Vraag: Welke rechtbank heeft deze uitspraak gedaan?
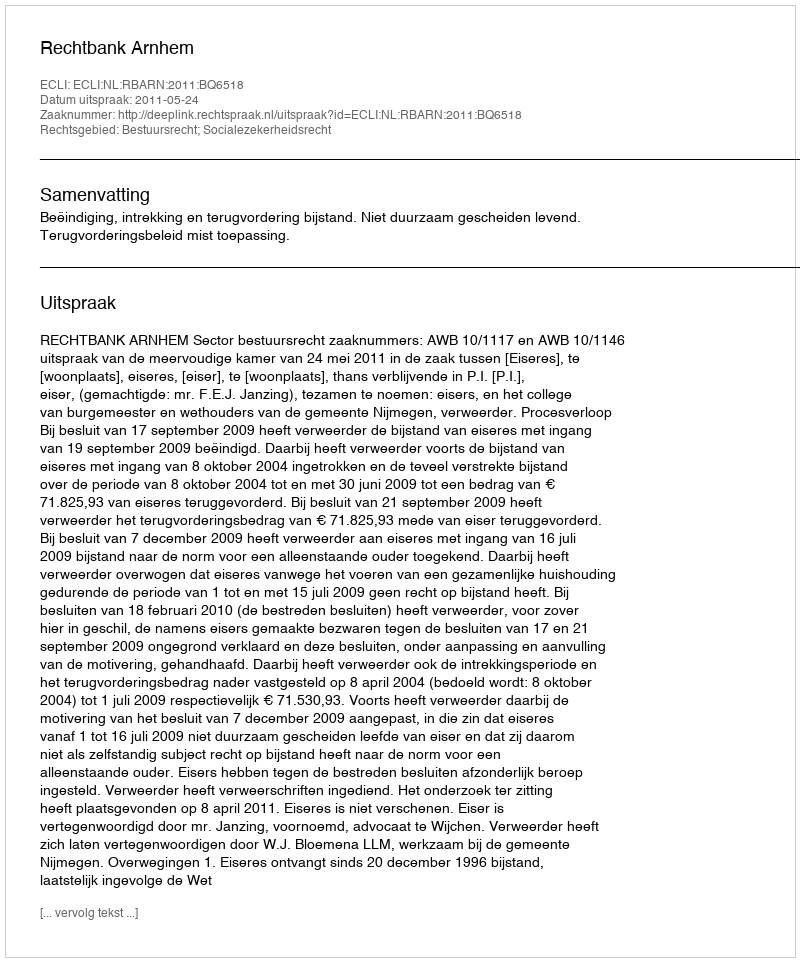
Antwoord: Rechtbank Arnhem